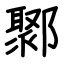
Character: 鄹